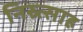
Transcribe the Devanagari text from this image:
निस्र्त्साह